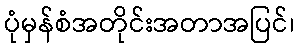
ပုံမှန်စံအတိုင်းအတာအပြင်၊